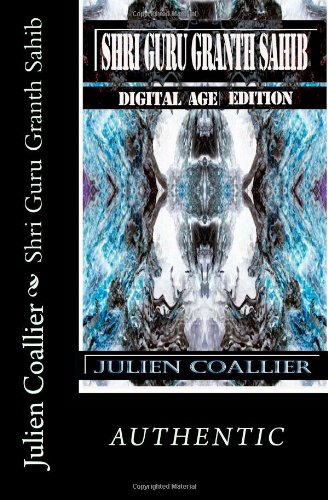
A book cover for Shri Guru Granth Sahib: Digital Age Edition; Julien Coallier; Religion & Spirituality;